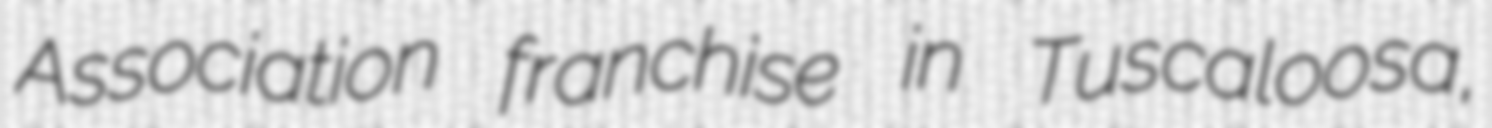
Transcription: Association franchise in Tuscaloosa,